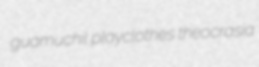
guamuchil playclothes theocrasia